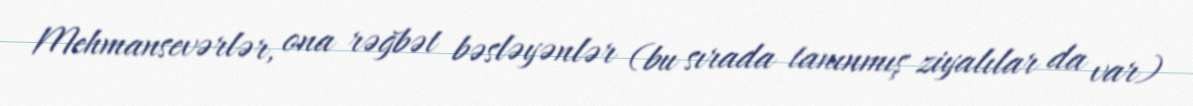
Mehmansevərlər, ona rəğbət bəsləyənlər (bu sırada tanınmış ziyalılar da var)